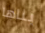
بناها